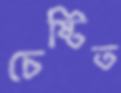
চেষ্টিত